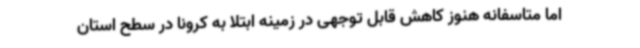
اما متاسفانه هنوز کاهش قابل توجهی در زمینه ابتلا به کرونا در سطح استان